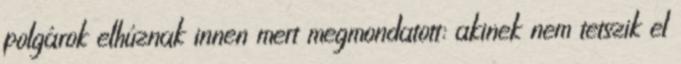
polgárok elhúznak innen mert megmondatott: akinek nem tetszik el